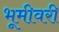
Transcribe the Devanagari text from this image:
भूमीवरी